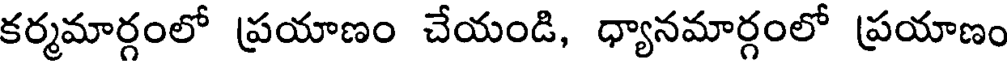
కర్మమార్గంలో ప్రయాణం చేయండి, ధ్యానమార్గంలో ప్రయాణం